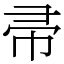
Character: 帚